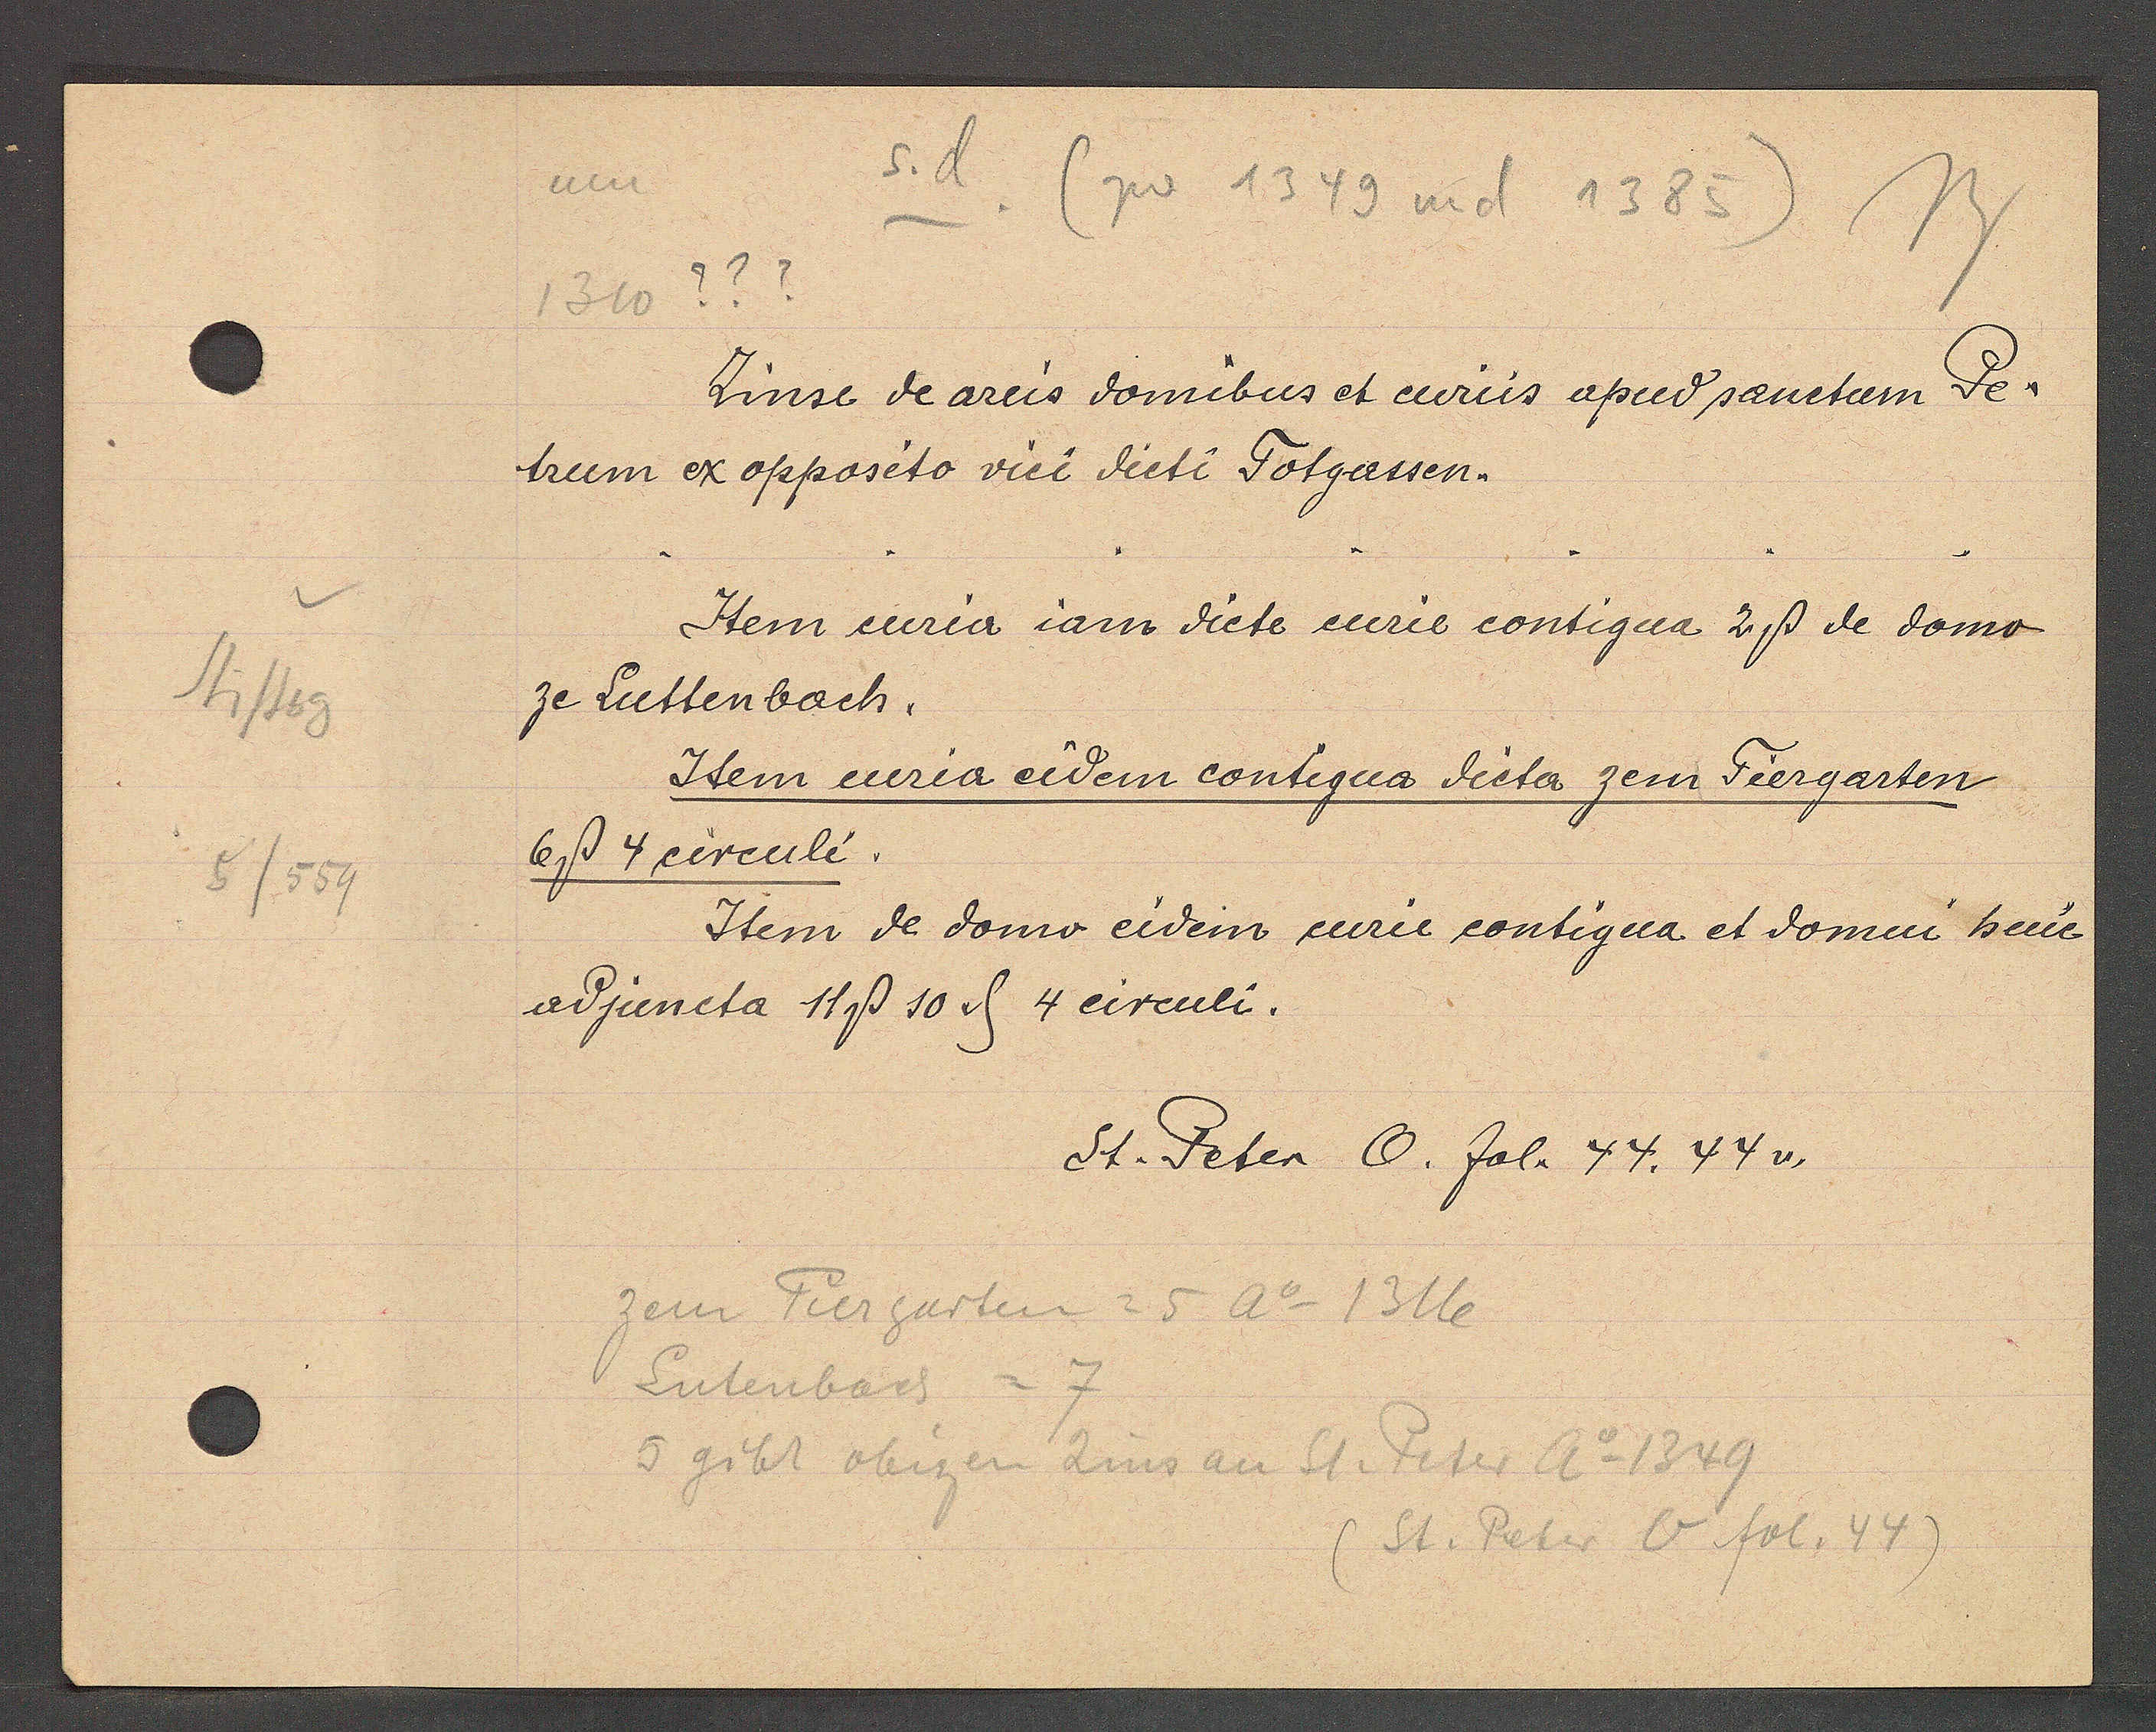
Transcript:
Stiftsg
5/554

s.d
um
zw 1349 und 1385
1310 ???

Zinse de areis domibus et curius apud sanetum de¬
trum ex opposito vici dicti Totgassen.
Item curia iam dicte curie contigua 2ß de domo
ze Luttenbach.
Idem curia eidem contigua dicta zem Tiergarten
6ß 4 circuli.
Item de domo eidem curie contigua et domui heue
adjuncta 11ß 10. ȡ 4 circuli.

St. Peter O. fol. 44. 44v.

zem Tiergarten = 5 Ao 1316
7
Lutenbach
5 gibt obigen Zins an St. Peter Ao 1349
(St. Peter O fol. 44)